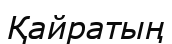
Қайратың